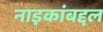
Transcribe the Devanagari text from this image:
नाइकांबद्दल